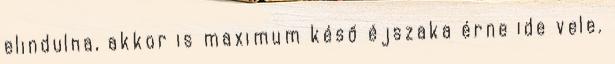
elindulna, akkor is maximum késő éjszaka érne ide vele.